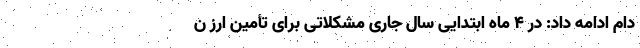
دام ادامه داد: در ۴ ماه ابتدایی سال جاری مشکلاتی برای تأمین ارز ن